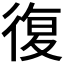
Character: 復